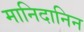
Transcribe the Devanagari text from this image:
मानिदानिन